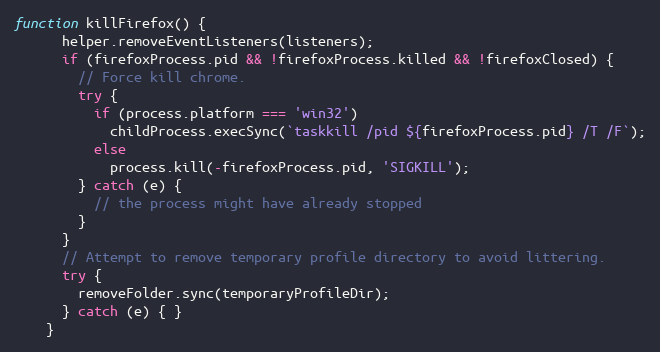
Language: JavaScript
function killFirefox() {
      helper.removeEventListeners(listeners);
      if (firefoxProcess.pid && !firefoxProcess.killed && !firefoxClosed) {
        // Force kill chrome.
        try {
          if (process.platform === 'win32')
            childProcess.execSync(`taskkill /pid ${firefoxProcess.pid} /T /F`);
          else
            process.kill(-firefoxProcess.pid, 'SIGKILL');
        } catch (e) {
          // the process might have already stopped
        }
      }
      // Attempt to remove temporary profile directory to avoid littering.
      try {
        removeFolder.sync(temporaryProfileDir);
      } catch (e) { }
    }